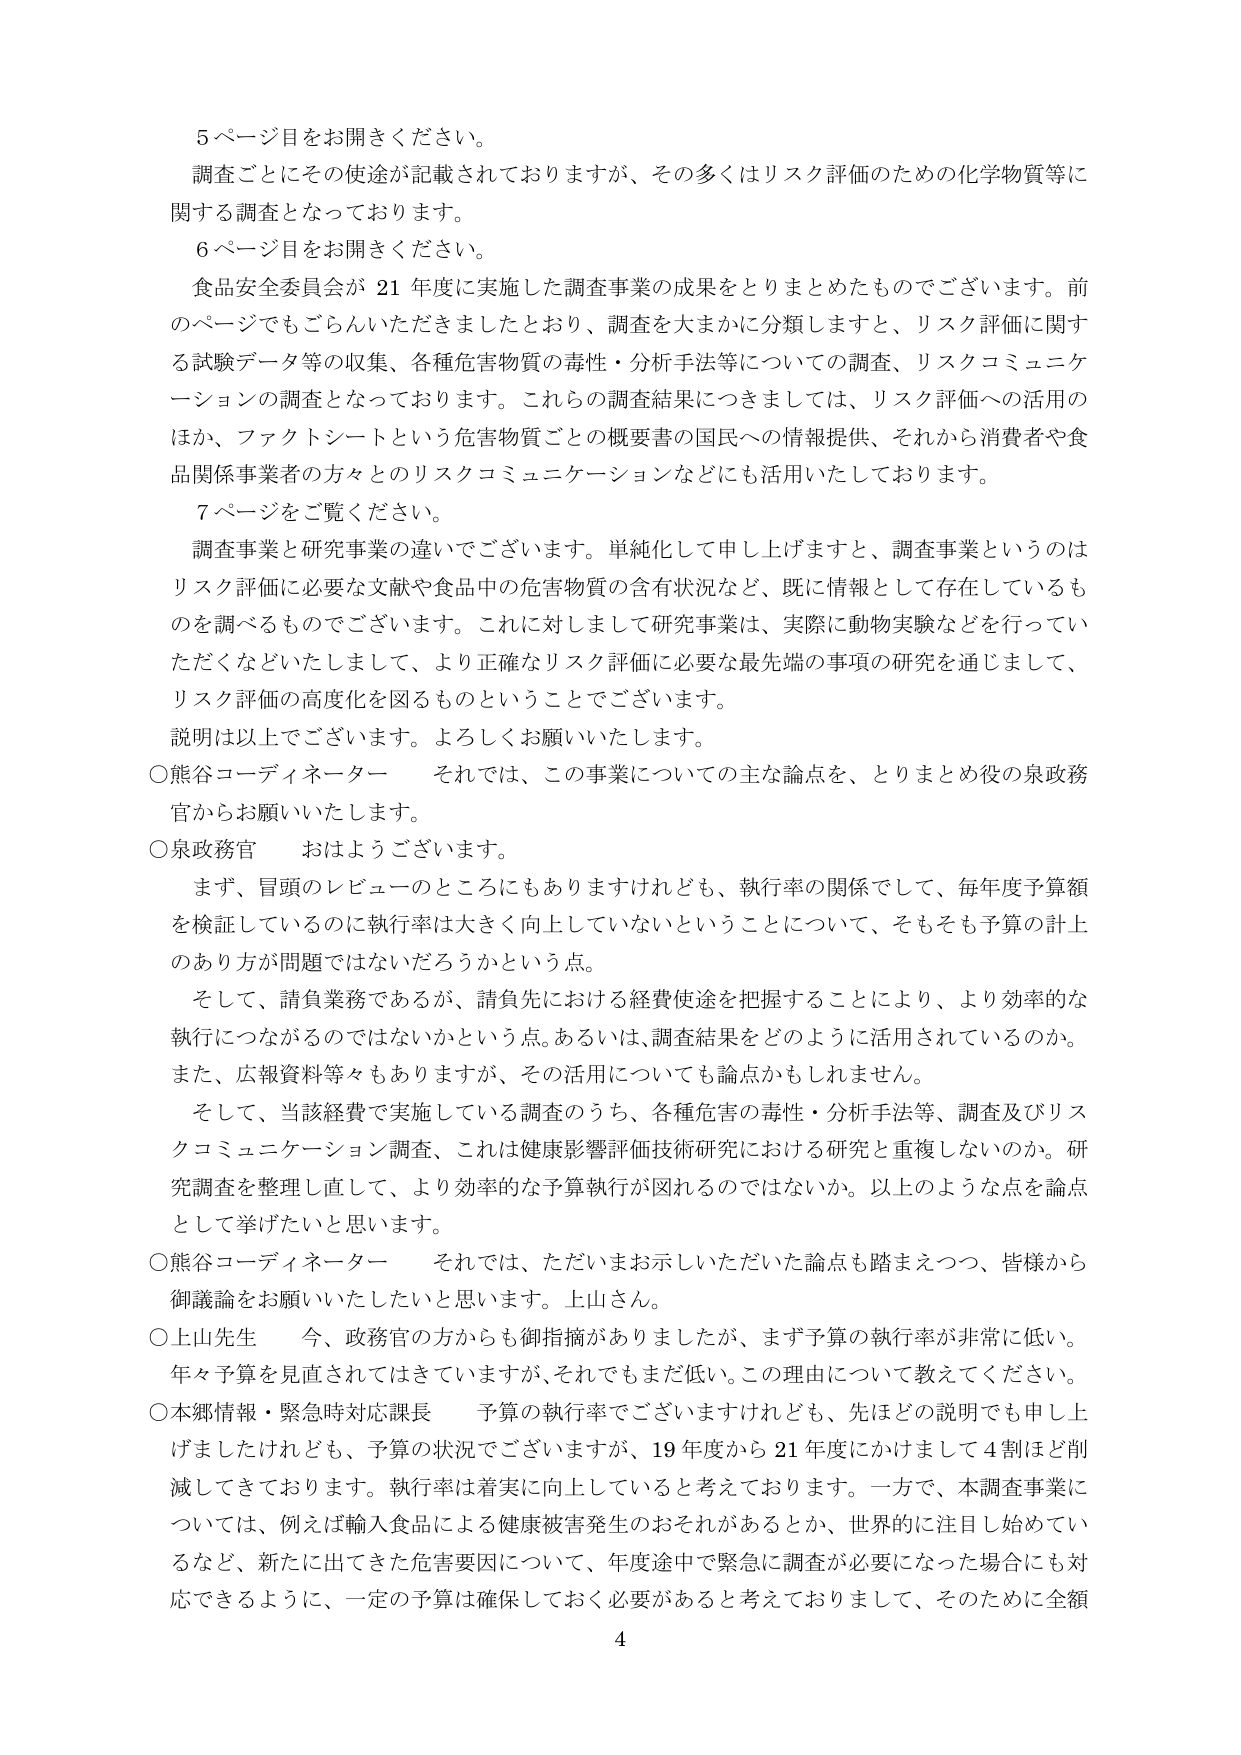
5ページ目をお開きください。
調査ごとにその使途が記載されておりますが、その多くはリスク評価のための化学物質等に関する調査となっております。
6ページ目をお開きください。
食品安全委員会が21年度に実施した調査事業の成果をとりまとめたものでございます。前のページでもごらんいただきましたとおり、調査を大まかに分類しますと、リスク評価に関する試験データ等の収集、各種危害物質の毒性・分析手法等についての調査、リスクコミュニケーションの調査となっております。これらの調査結果につきましては、リスク評価への活用のほか、ファクトシートという危害物質ごとの概要書の国民への情報提供、それから消費者や食品関係事業者の方々とのリスクコミュニケーションなどにも活用いたしております。
7ページをご覧ください。
調査事業と研究事業の違いでございます。単純化して申し上げますと、調査事業というのはリスク評価に必要な文献や食品中の危害物質の含有状況など、既に情報として存在しているものを調べるものでございます。これに対しまして研究事業は、実際に動物実験などを行っていただくなどいたしまして、より正確なリスク評価に必要な最先端の事項の研究を通じまして、リスク評価の高度化を図るものということでございます。
説明は以上でございます。よろしくお願いいたします。
○熊谷コーディネーター　それでは、この事業についての主な論点を、とりまとめ役の泉政務官からお願いいたします。
○泉政務官　おはようございます。
　まず、冒頭のレビューのところにもありますけれども、執行率の関係して、毎年度予算額を検証しているのに執行率は大きく向上していないということについて、そもそも予算の計上のあり方が問題ではないだろうかという点。
　そして、請負業務であるが、請負先における経費使途を把握することにより、より効率的な執行につながるのではないかという点。あるいは、調査結果をどのように活用されているのか。また、広報資料等々もありますが、その活用についても論点かもしれません。
　そして、当該経費で実施している調査のうち、各種危害の毒性・分析手法等、調査及びリスクコミュニケーション調査、これは健康影響評価技術研究における研究と重複しないのか。研究調査を整理し直して、より効率的な予算執行が図れるのではないか。以上のような点を論点として挙げたいと思います。
○熊谷コーディネーター　それでは、ただいまお示しいただいた論点も踏まえつつ、皆様から御議論をお願いいたしたいと思います。上山さん。
○上山先生　今、政務官の方からも御指摘がありましたか、まず予算の執行率が非常に低い。年々予算を見直されてはきていますが、それでもまだ低い。この理由について教えてください。
○本郷情報・緊急時対応課長　予算の執行率でございますけれども、先ほどの説明でも申し上げましたけれども、予算の状況でございますが、19年度から21年度にかけまして4割ほど削減してきております。執行率は着実に向上していると考えております。一方で、本調査事業については、例えば輸入食品による健康被害発生のおそれがあるとか、世界的に注目し始めているなど、新たに出てきた危害要因について、年度途中で緊急に調査が必要になった場合にも対応できるように、一定の予算は確保しておく必要があると考えておりまして、そのために全額
4